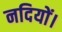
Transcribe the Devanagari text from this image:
नदियों।